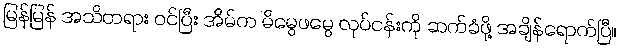
မြန်မြန် အသိတရား ဝင်ပြီး အိမ်က မိမွေဖမွေ လုပ်ငန်းကို ဆက်ခံဖို့ အချိန်ရောက်ပြီ။